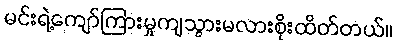
မင်းရဲ့ကျော်ကြားမှုကျသွားမလားစိုးထိတ်တယ်။